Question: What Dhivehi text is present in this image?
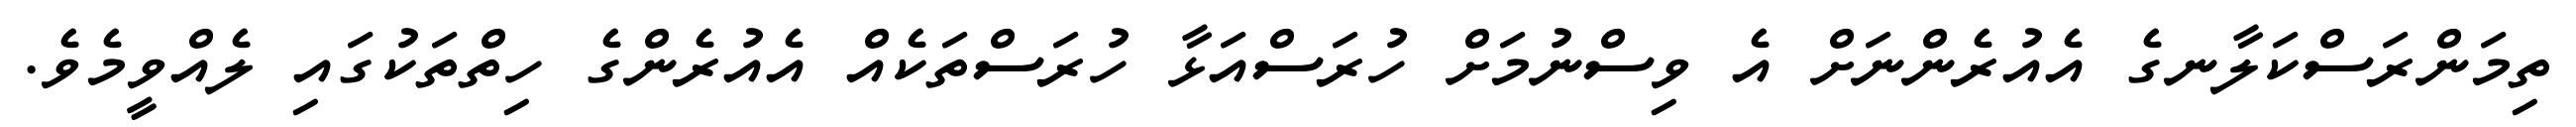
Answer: ތިމަންރަސްކަލާނގެ އެއުރެންނަށް އެ ވިސްނުމަށް ހުރަސްއަޅާ ހުރަސްތަކެއް އެއުރެންގެ ހިތްތަކުގައި ލެއްވީމެވެ.